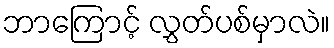
ဘာကြောင့် လွှတ်ပစ်မှာလဲ။